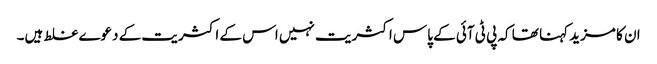
ان کا مزید کہنا تھا کہ پی ٹی آئی کے پاس اکثریت نہیں اس کے اکثریت کے دعوے غلط ہیں۔